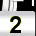
Digit: 2